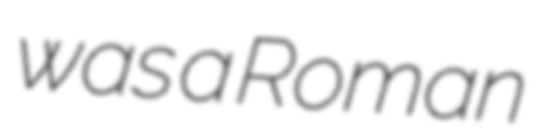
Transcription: was a Roman